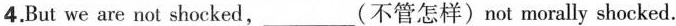
4.But we are not shocked,___(不管怎样)not morally shocked.